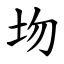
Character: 圽